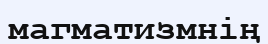
магматизмнің